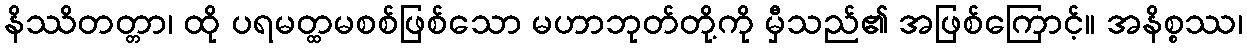
နိဿိတတ္တာ၊ ထို ပရမတ္ထမစစ်ဖြစ်သော မဟာဘုတ်တို့ကို မှီသည်၏ အဖြစ်ကြောင့်။ အနိစ္စဿ၊